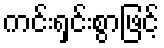
ကင်းရှင်းစွာဖြင့်